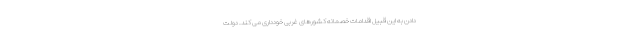
دادن به این قبیل اقدامات خصمانه کشورهای غربی خودداری می كند. دولت